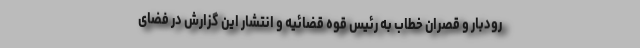
رودبار و قصران خطاب به رئیس قوه قضائیه و انتشار این گزارش در فضای